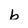
Character: b